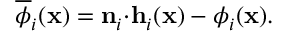
\overline { { \phi } } _ { i } ( \mathbf { x } ) = \mathbf { n } _ { i } { \cdot } \mathbf { h } _ { i } ( \mathbf { x } ) - \phi _ { i } ( \mathbf { x } ) .